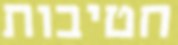
חטיבות